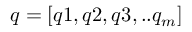
q = [ q 1 , q 2 , q 3 , . . q _ { m } ]